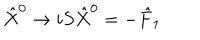
{ \hat { X } } ^ { 0 } \rightarrow i S { \hat { X } } ^ { 0 } = - { \hat { F } } _ { 1 }